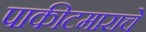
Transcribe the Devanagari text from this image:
पाकीटमाराचे